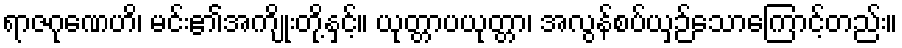
ရာဇဂုဏေဟိ၊ မင်း၏အကျိုးတို့နှင့်။ ယုတ္တာပယုတ္တာ၊ အလွန်စပ်ယှဉ်သောကြောင့်တည်း။